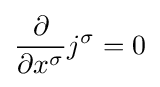
{\frac {\partial }{\partial x^{\sigma }}}j^{\sigma }=0